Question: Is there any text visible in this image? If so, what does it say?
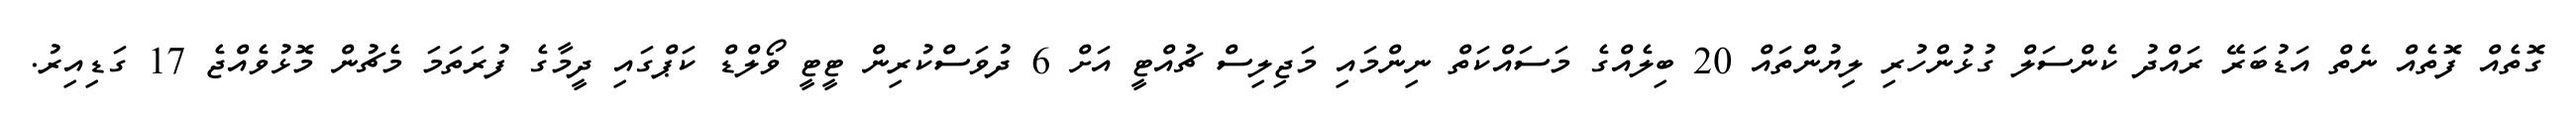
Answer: ގޮތެއް ފޮތެއް ނެތް އަޑުބަރޭ ރައްދު ކެންސަލް ގުޅުންހުރި ލިޔުންތައް 20 ބިލެއްގެ މަސައްކަތް ނިންމައި މަޖިލިސް ޗުއްޓީ އަށް 6 ދުވަސްކުރިން ޓީޓީ ވޯލްޑް ކަޕްގައި ދީމާގެ ފުރަތަމަ މެޗުން މޮޅުވެއްޖެ 17 ގަޑިއިރު.